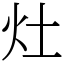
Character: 灶